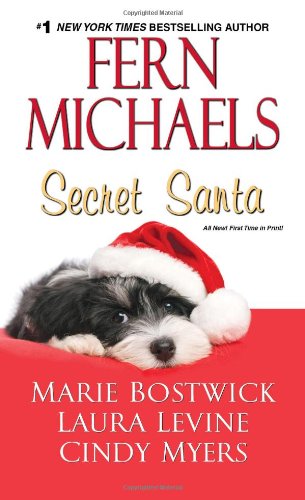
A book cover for Secret Santa; Fern Michaels; Romance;